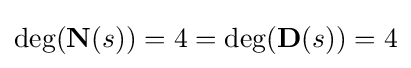
\deg({\textbf {N}}(s))=4=\deg({\textbf {D}}(s))=4